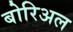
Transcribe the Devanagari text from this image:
बोरिअल